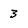
Character: 3